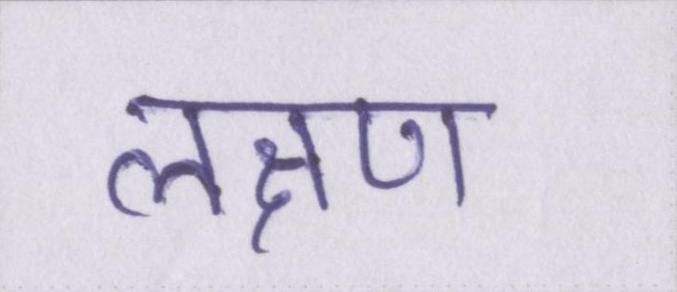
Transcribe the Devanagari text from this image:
लक्षण